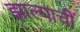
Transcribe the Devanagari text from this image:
झाल्याचीं